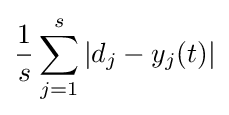
{\frac {1}{s}}\sum _{j=1}^{s}|d_{j}-y_{j}(t)|